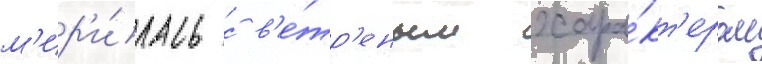
м'ир'и́лась с в'е́тр'еным хара́кт'ером